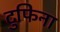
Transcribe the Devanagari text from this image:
टुफिना